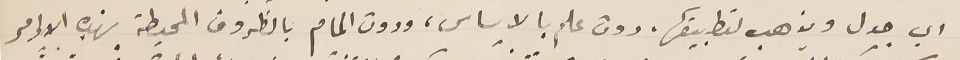
اي جدل ويذهب لتطبيقها، دون علم بالاساس، ودون المام بالظروف المحيطة بهذه الاوامر